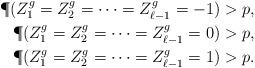
LaTeX: \begin{align*}& & & & & & \P(Z^g_1 = Z^g_2 = \dots = Z^g_{\ell-1}=-1)>p, & & \\& & & & & & \P(Z^g_1 = Z^g_2 = \dots = Z^g_{\ell-1}=0)>p, & & \\& & & & & & \P(Z^g_1 = Z^g_2 = \dots = Z^g_{\ell-1}=1)>p. & & \\\end{align*}